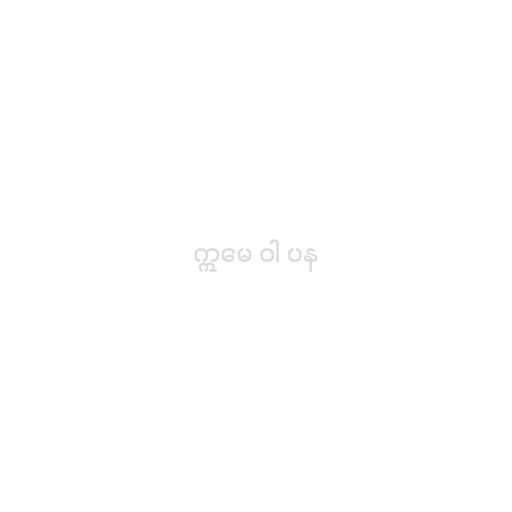
ဣမေ ဝါ ပန